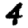
Digit: 4